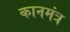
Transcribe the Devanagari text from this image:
कानमंत्र